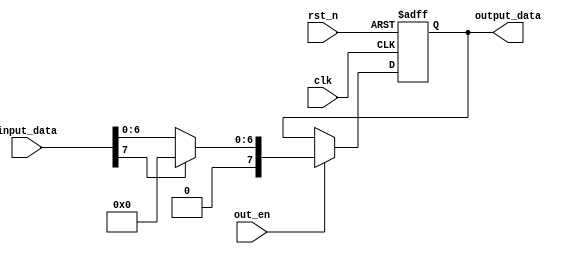
module ReLU (
    input  wire       clk,
    input  wire       rst_n,
    input             out_en,
    input  wire [7:0] input_data,
    output reg  [7:0] output_data
);

  wire [7:0] cal_data;  //assignwire
  assign cal_data = input_data[7] ? 8'b0 : input_data;

  always @(posedge clk or negedge rst_n) begin
    if (~rst_n) output_data <= 8'b0;
    else begin
      if (out_en) output_data <= cal_data;  //output calculated data when out_en is high
      else output_data <= output_data;  //
    end
  end

endmodule